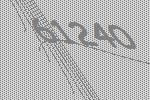
61240